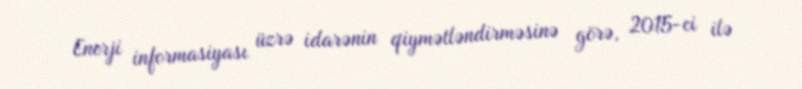
Enerji informasiyası üzrə idarənin qiymətləndirməsinə görə, 2015-ci ilə